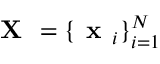
\textbf { X } = \{ \textbf { x } _ { i } \} _ { i = 1 } ^ { N }